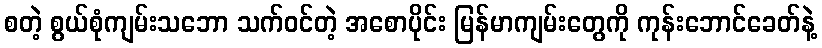
စတဲ့ စွယ်စုံကျမ်းသဘော သက်ဝင်တဲ့ အစောပိုင်း မြန်မာကျမ်းတွေကို ကုန်းဘောင်ခေတ်နဲ့